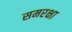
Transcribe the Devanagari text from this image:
समरक्षा